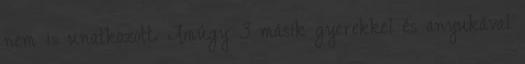
nem is unatkozott. Amúgy 3 másik gyerekkel és anyukával